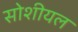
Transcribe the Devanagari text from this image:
सोशीयल